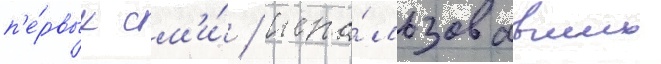
п'е́рвых см'и́ / испо́льзовавших